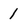
Character: 1